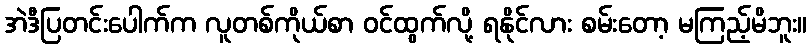
အဲဒီပြတင်းပေါက်က လူတစ်ကိုယ်စာ ဝင်ထွက်လို့ ရနိုင်လား စမ်းတော့ မကြည့်မိဘူး။